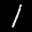
Label: 1